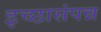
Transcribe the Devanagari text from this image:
इच्छासंपन्न